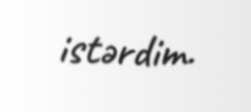
istərdim.